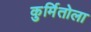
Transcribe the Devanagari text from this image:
कुर्मितोला